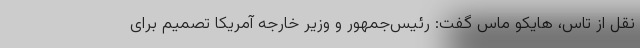
نقل از تاس، هایکو ماس گفت: رئیس‌جمهور و وزیر خارجه آمریکا تصمیم برای